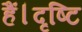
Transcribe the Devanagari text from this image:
हैं।दृष्टि